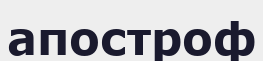
апостроф